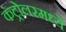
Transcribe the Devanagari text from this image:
कंट्रोलरमध्ये